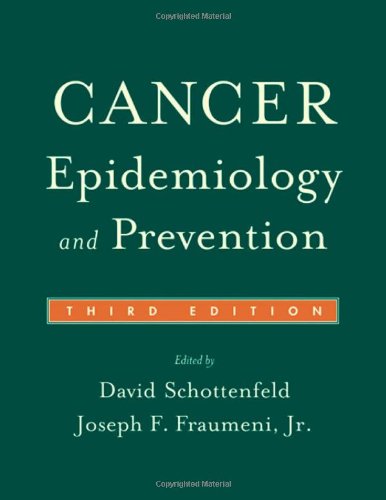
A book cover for Cancer Epidemiology and Prevention; Medical Books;